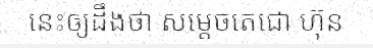
នេះឲ្យដឹងថា សម្តេចតេជោ ហ៊ុន